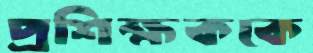
প্রশিক্ষককে